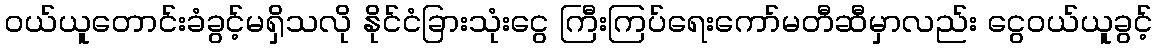
ဝယ်ယူတောင်းခံခွင့်မရှိသလို နိုင်ငံခြားသုံးငွေ ကြီးကြပ်ရေးကော်မတီဆီမှာလည်း ငွေဝယ်ယူခွင့်